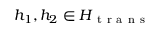
h _ { 1 } , h _ { 2 } \in H _ { \mathrm { ~ t ~ r ~ a ~ n ~ s ~ } }